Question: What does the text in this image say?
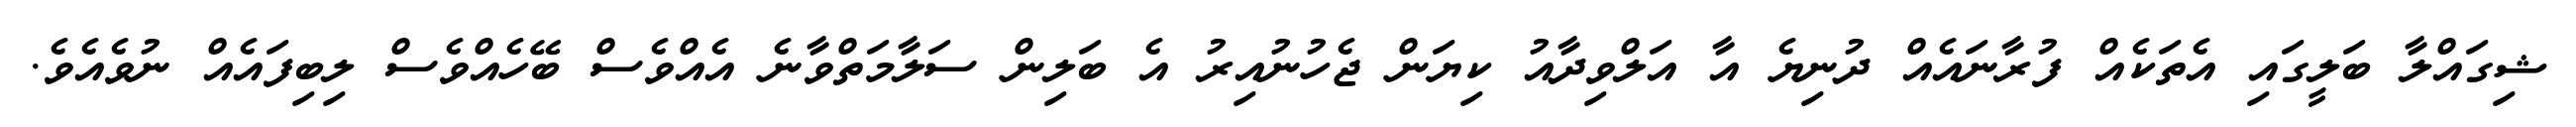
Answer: ޝިގައްލާ ބަލީގައި އެތަކެއް ފުރާނައެއް ދުނިޔެ އާ އަލްވިދާއު ކިޔަން ޖެހުނުއިރު އެ ބަލިން ސަލާމަތްވާނެ އެއްވެސް ބޭހެއްވެސް ލިބިފައެއް ނުވެއެވެ.